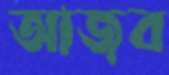
আজব